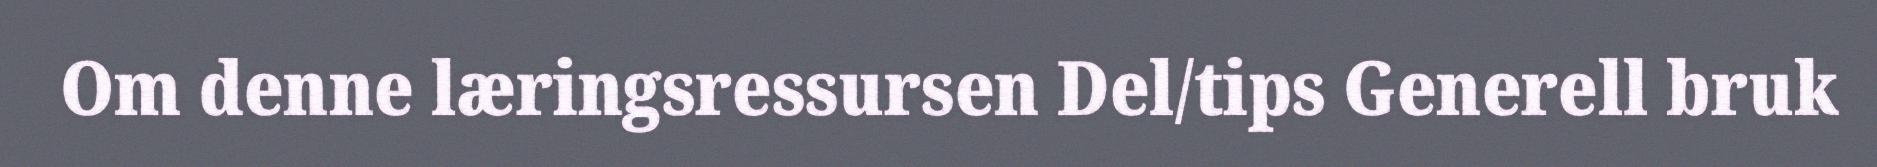
Om denne læringsressursen Del/tips Generell bruk